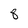
Character: 8